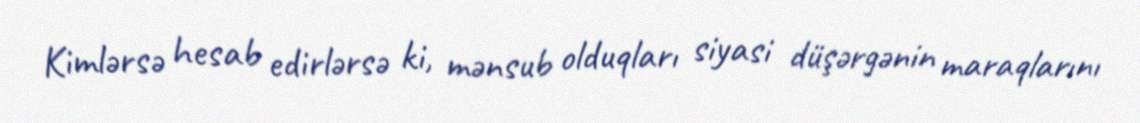
Kimlərsə hesab edirlərsə ki, mənsub olduqları siyasi düşərgənin maraqlarını